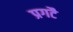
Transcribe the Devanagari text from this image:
प्रगटै